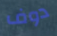
دوف